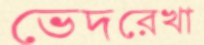
ভেদরেখা